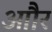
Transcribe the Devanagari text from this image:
आौर